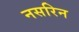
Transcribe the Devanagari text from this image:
नसरिन